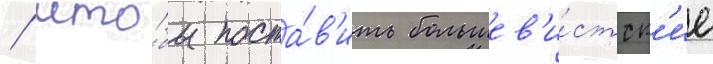
/ что́бы поста́в'ить большев'и́стск'ие